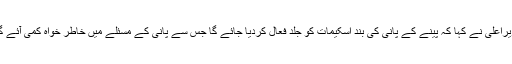
وزیراعلیٰ نے کہا کہ پینے کے پانی کی بند اسکیمات کو جلد فعال کردیا جائے گا جس سے پانی کے مسئلے میں خاطر خواہ کمی آئے گی۔